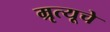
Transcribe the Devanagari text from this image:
म्रृत्यूचे